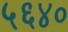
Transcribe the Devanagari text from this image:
५६४०